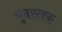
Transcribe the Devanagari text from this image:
युदस्तफ